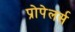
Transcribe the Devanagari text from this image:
प्रोपेलर्स